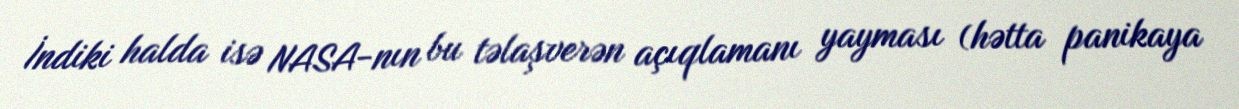
İndiki halda isə NASA-nın bu təlaşverən açıqlamanı yayması (hətta panikaya